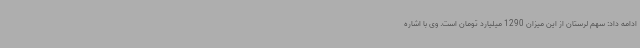
ادامه داد: سهم لرستان از این میزان 1290 میلیارد تومان است. وی با اشاره